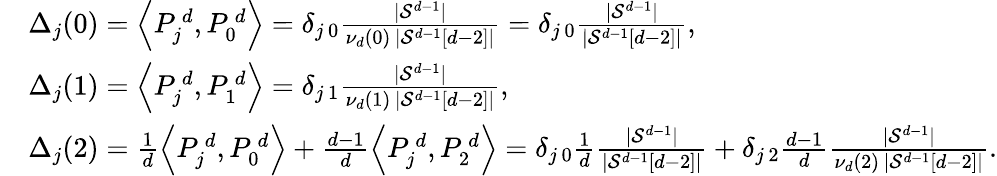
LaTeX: \begin{array}{rl}&{\Delta_{j}(0)=\left\langle P_{j}^{\, d},P_{0}^{\, d}\right\rangle=\delta_{j\, 0}\frac{|\mathcal{S}^{d-1}|}{\nu_{d}(0)\, |\mathcal{S}^{d-1}[d-2]|}=\delta_{j\, 0}\frac{|\mathcal{S}^{d-1}|}{|\mathcal{S}^{d-1}[d-2]|},}\\ &{\Delta_{j}(1)=\left\langle P_{j}^{\, d},P_{1}^{\, d}\right\rangle=\delta_{j\, 1}\frac{|\mathcal{S}^{d-1}|}{\nu_{d}(1)\, |\mathcal{S}^{d-1}[d-2]|},}\\ &{\Delta_{j}(2)=\frac{1}{d}\left\langle P_{j}^{\, d},P_{0}^{\, d}\right\rangle+\frac{d-1}{d}\left\langle P_{j}^{\, d},P_{2}^{\, d}\right\rangle=\delta_{j\, 0}\frac{1}{d}\frac{|\mathcal{S}^{d-1}|}{|\mathcal{S}^{d-1}[d-2]|}+\delta_{j\, 2}\frac{d-1}{d}\frac{|\mathcal{S}^{d-1}|}{\nu_{d}(2)\, |\mathcal{S}^{d-1}[d-2]|}.}\end{array}